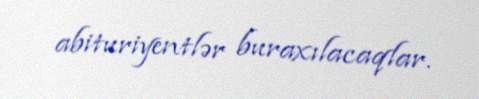
abituriyentlər buraxılacaqlar.